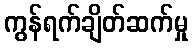
ကွန်ရက်ချိတ်ဆက်မှု